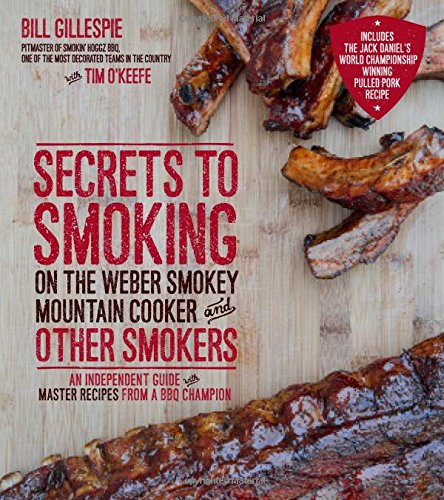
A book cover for Secrets to Smoking on the Weber Smokey Mountain Cooker and Other Smokers: An Independent Guide with Master Recipes from a BBQ Champion; Bill Gillespie; Cookbooks, Food & Wine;